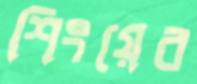
শিংয়ের